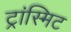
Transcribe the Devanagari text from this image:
ट्रांस्मिट